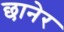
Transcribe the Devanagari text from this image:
छानेर